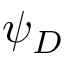
\psi _ { D }